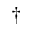
\dagger